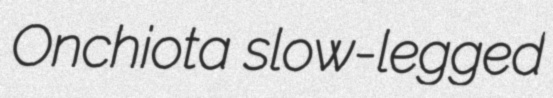
Onchiota slow-legged